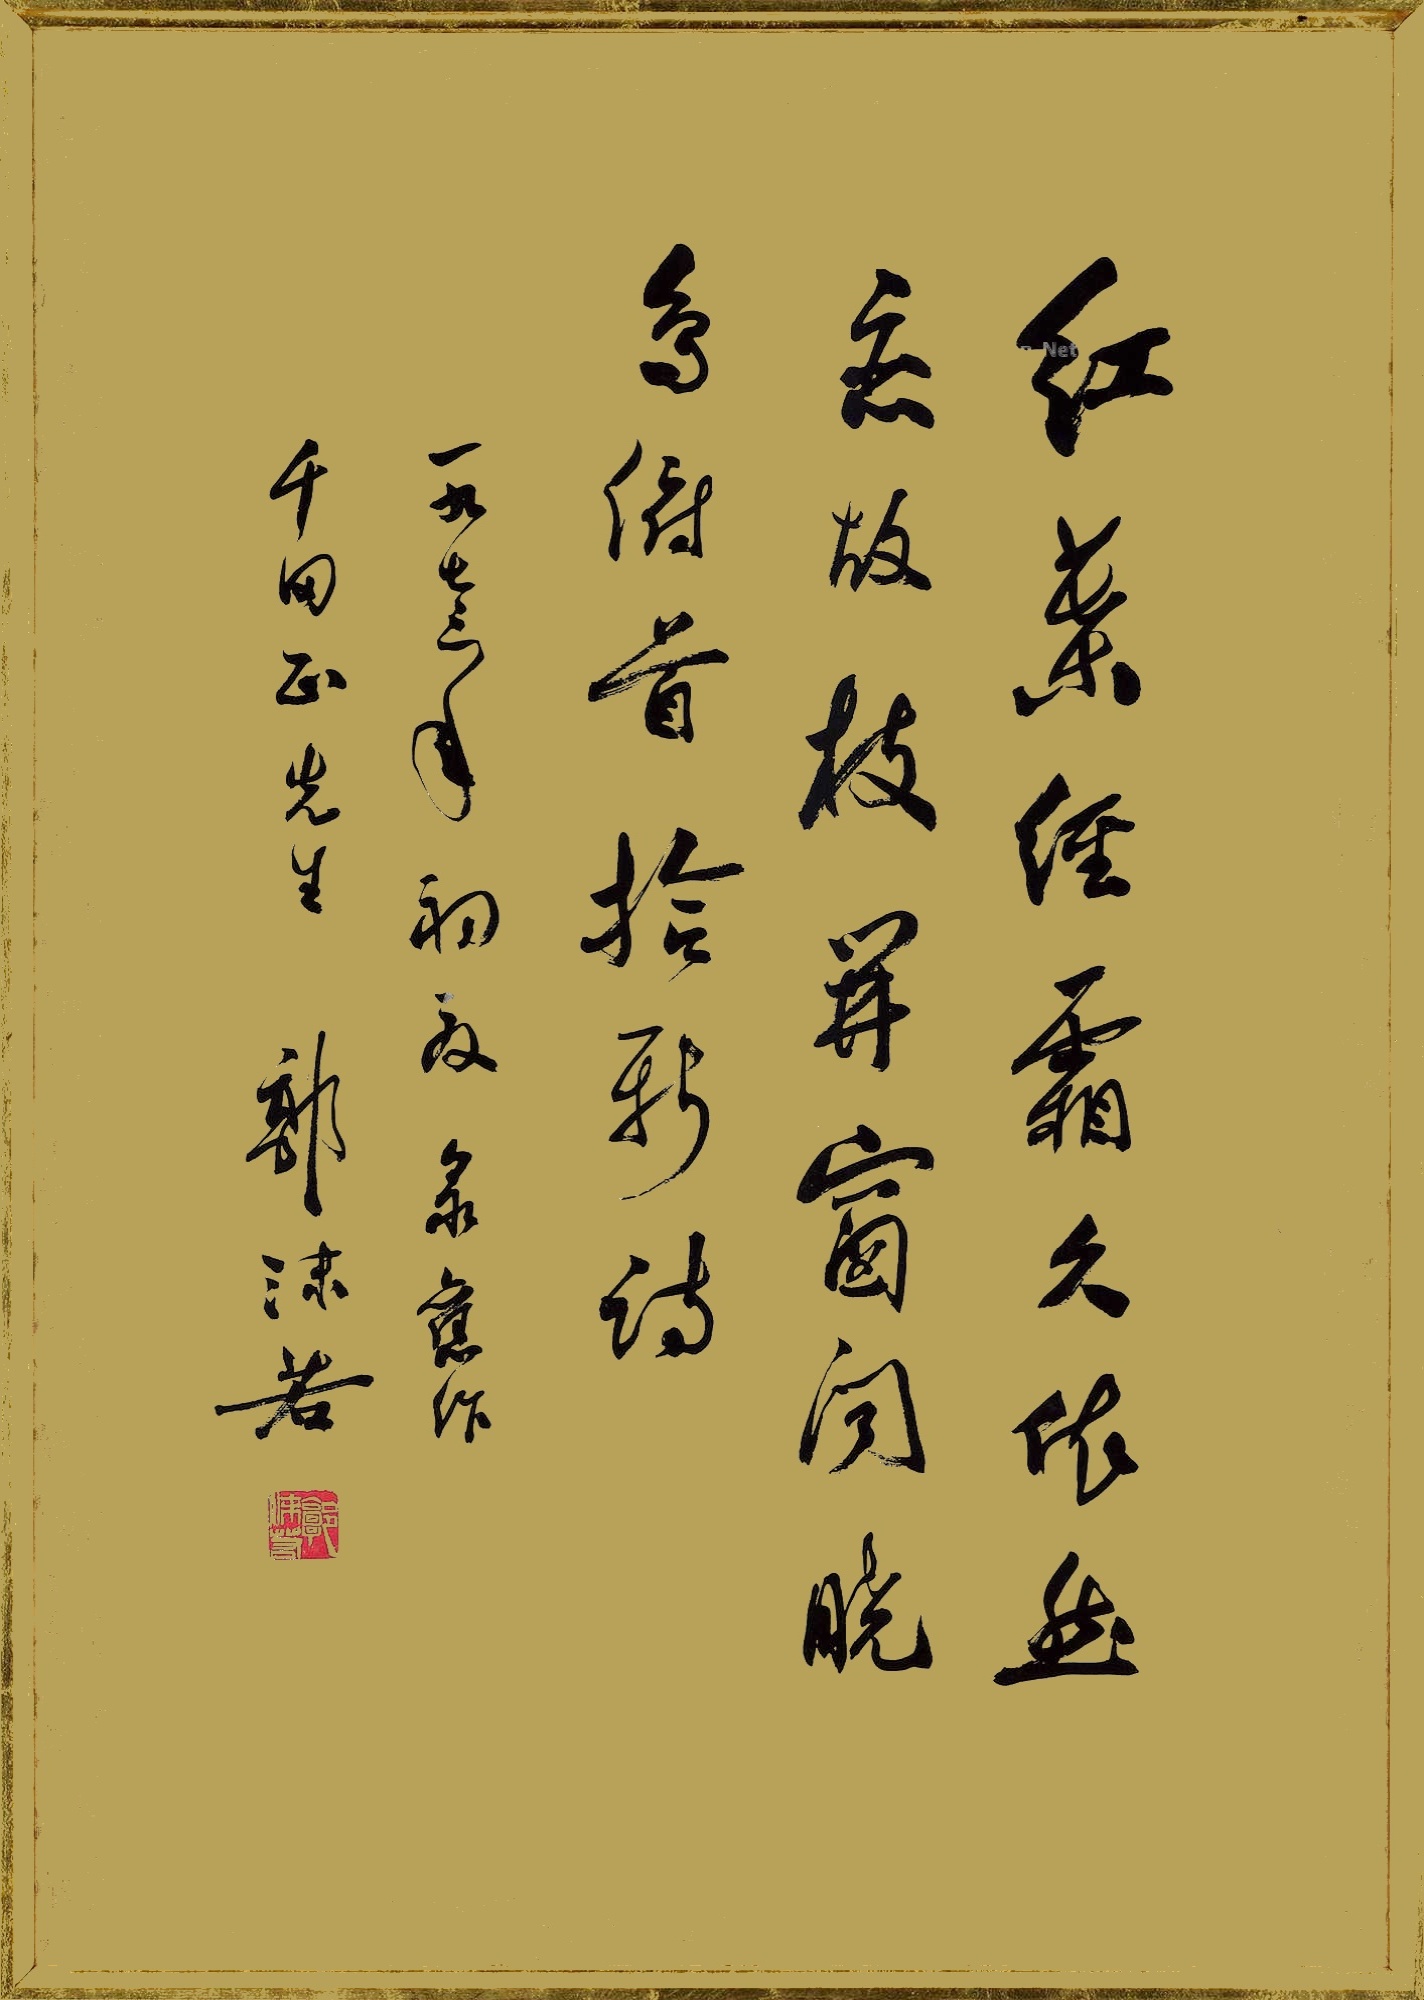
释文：红叶经霜久，依然恋故枝。开窗闻晓鸟，俯首拾新诗。一九七三年初夏录旧作，千田正先生，郭沫若。